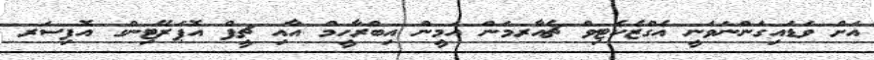
އަށް ވަޑައިގަންނަވަނީ އެގްޒެކެޓިވް ޗެއާރމަން އަމީން އިބްރާހީމް އާއި ޗީފް އޮޕަރޭޓިންގ އޮފިސަރ